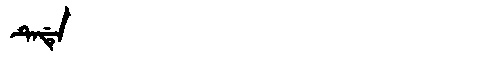
Manchu: ᡨᡝᡩᡝ
Romanization: TEDE